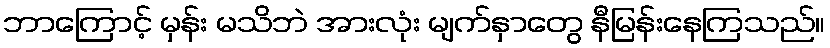
ဘာကြောင့် မှန်း မသိဘဲ အားလုံး မျက်နှာတွေ နီမြန်းနေကြသည်။